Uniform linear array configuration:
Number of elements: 32
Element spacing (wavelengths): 0.25
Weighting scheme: kaiser
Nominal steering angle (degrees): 30
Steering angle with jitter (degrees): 29.197
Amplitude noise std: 0.05
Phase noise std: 0.05

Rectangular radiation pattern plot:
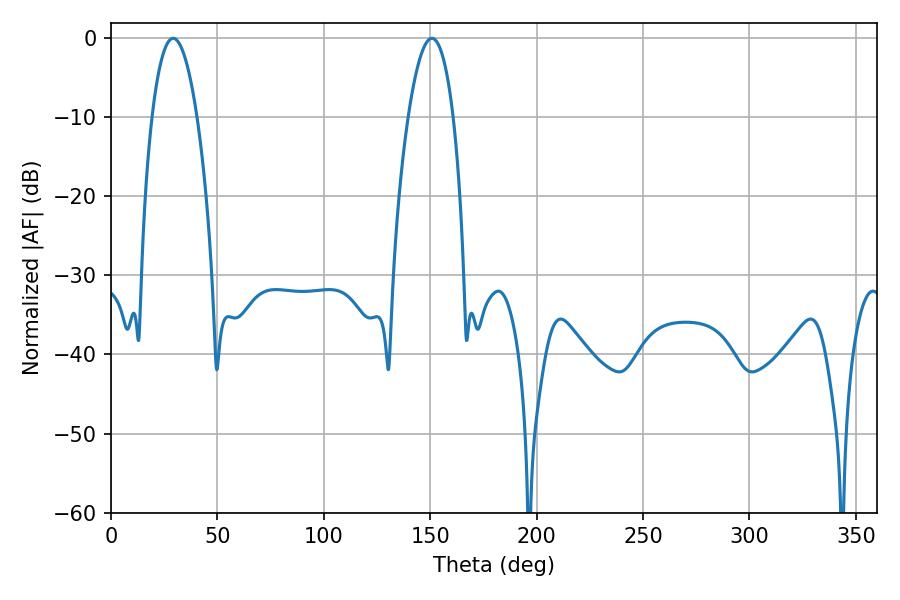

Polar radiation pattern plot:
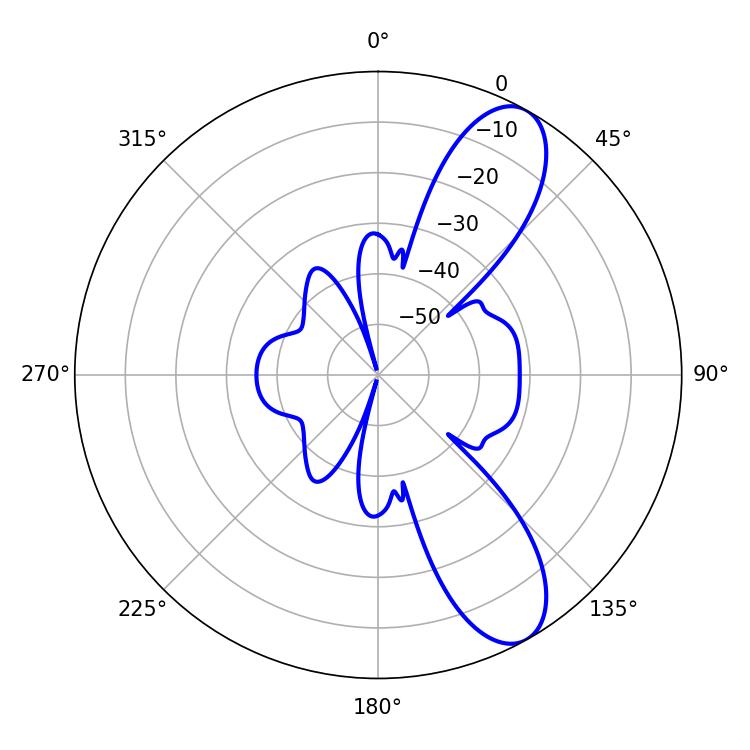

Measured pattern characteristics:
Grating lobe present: FALSE
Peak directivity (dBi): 9.679
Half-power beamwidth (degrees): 11.7
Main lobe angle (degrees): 29.16